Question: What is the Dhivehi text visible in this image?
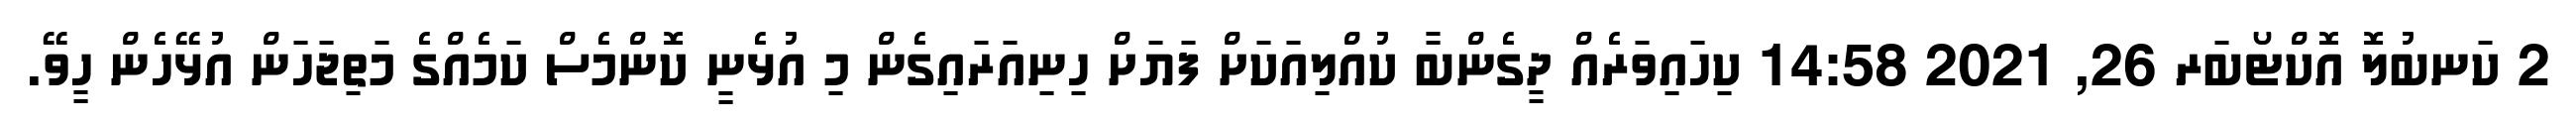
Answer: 2 ކަނބުލޮ އޮކްޓޯބަރ 26, 2021 14:58 ކިހައިވަރެއް ދީގެންބާ ކުއްލިއަކަށް ފަޔަށް ހިނިއަރައިގެން މި އުޅެނީ ކޮންމެސް ކަމެއްގެ މަތިޖަހަން އުޅޭހެން ހީވޭ.